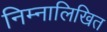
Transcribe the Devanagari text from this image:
निम्नालिखित